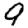
Digit: 9